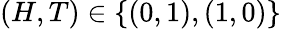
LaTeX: (H,T)\in\{ (0,1),(1,0)\}